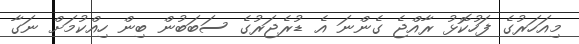
މިއަހަރުގެ ފަހުކޮޅު ރާއްޖެ ގެންނަ އެ ޑުރެޖަރުގެ ސަބަބުން ބިން ހިއްކުމަށް ނަގާ